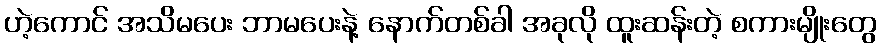
ဟဲ့ကောင် အသိမပေး ဘာမပေးနဲ့ နောက်တစ်ခါ အခုလို ထူးဆန်းတဲ့ စကားမျိုးတွေ